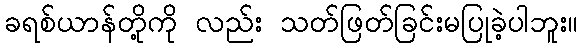
ခရစ်ယာန်တို့ကို လည်း သတ်ဖြတ်ခြင်းမပြုခဲ့ပါဘူး။